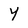
Character: y